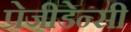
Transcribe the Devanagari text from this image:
प्रेजीडेन्सी